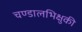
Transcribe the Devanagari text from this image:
चण्डालभिक्षुकी